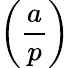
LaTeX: \left({\frac{a}{p}}\right)